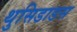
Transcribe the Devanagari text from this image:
थुसिडाडस